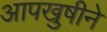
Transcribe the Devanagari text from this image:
आपखुषीने